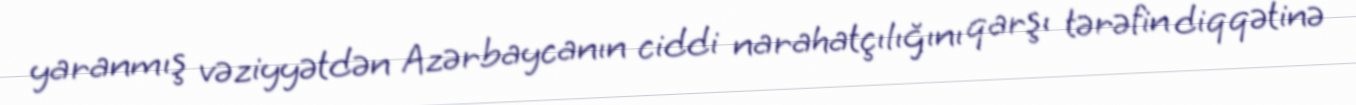
yaranmış vəziyyətdən Azərbaycanın ciddi narahatçılığını qarşı tərəfin diqqətinə